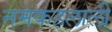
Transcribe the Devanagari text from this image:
नमकहलाली